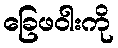
ခြေဖဝါးကို